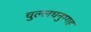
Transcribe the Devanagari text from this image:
चुल्लधनुग्गह